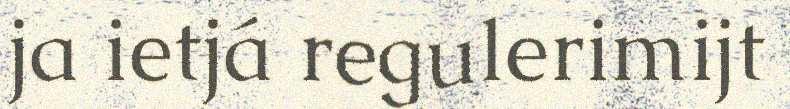
ja ietjá regulerimijt